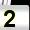
Digit: 2